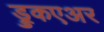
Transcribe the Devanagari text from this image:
ड्रुकएअर